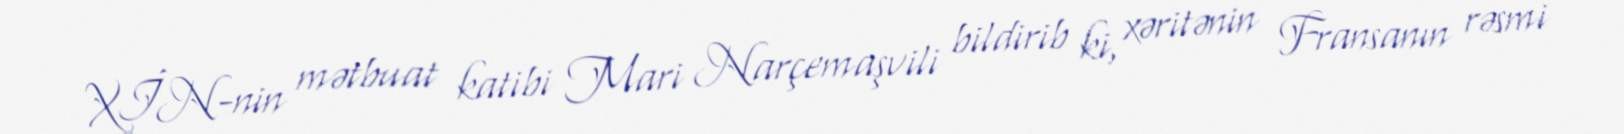
XİN-nin mətbuat katibi Mari Narçemaşvili bildirib ki, xəritənin Fransanın rəsmi